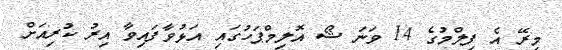
މިރޭ އެ ފިލްމުގެ 14 ވަނަ ޝޯ އޮލިމްޕަހުގައި އަޅުވާފައިވާ އިރު ކުރިއަށް